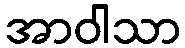
အာဝါသာ